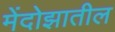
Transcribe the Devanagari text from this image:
मेंदोझातील